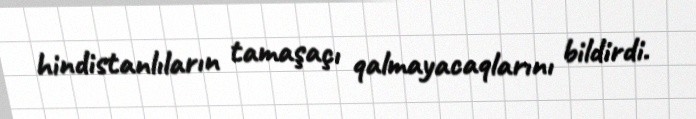
hindistanlıların tamaşaçı qalmayacaqlarını bildirdi.